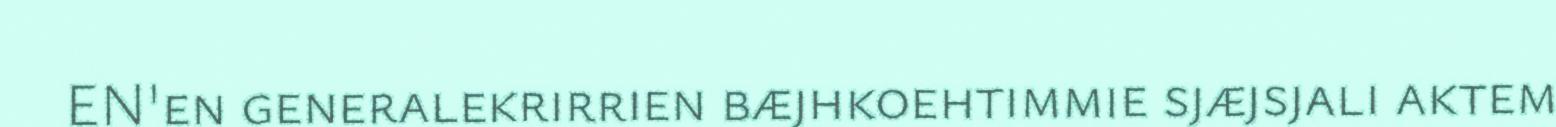
EN'en generalekrirrien bæjhkoehtimmie sjæjsjali aktem